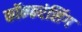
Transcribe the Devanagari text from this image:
कॉन्फरंसिंग